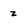
Character: z